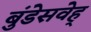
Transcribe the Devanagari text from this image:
बुंडेसवेह्